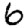
Digit: 6